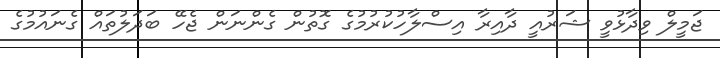
ޖަމީލް ވިދާޅުވީ ޝަރުއީ ދާއިރާ އިސްލާހުކުރުމުގެ ގޮތުން ގެންނަން ޖެހޭ ބަދަލުތައް ގެނައުމުގެ